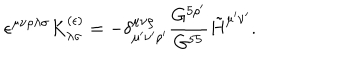
\epsilon ^ { \mu \nu \rho \lambda \sigma } K _ { \lambda \sigma } ^ { ( \epsilon ) } = - \delta _ { \mu ^ { \prime } \nu ^ { \prime } \rho ^ { \prime } } ^ { \mu \nu \rho } { \frac { G ^ { 5 \rho ^ { \prime } } } { G ^ { 5 5 } } } \tilde { H } ^ { \mu ^ { \prime } \nu ^ { \prime } } .